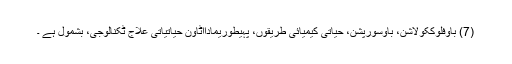
(7) باوفلوککولاشن، باوسورپشن، حیاتی کیمیائی طریقوں، پہیطوریمادااٹاون حیاتیاتی علاج ٹکنالوجی، بشمول ہے ۔